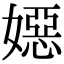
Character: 𡢇